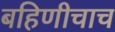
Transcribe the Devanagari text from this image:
बहिणीचाच